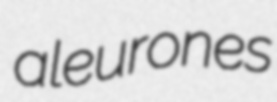
aleurones